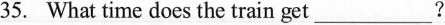
35. What time does the train get ___ ?